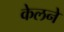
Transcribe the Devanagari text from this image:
केलने